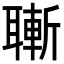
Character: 𦗝